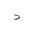
Letter: _dal